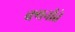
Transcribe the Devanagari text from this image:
क्यनीते